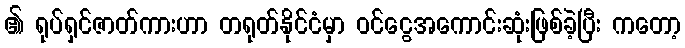
၏ ရုပ်ရှင်ဇာတ်ကားဟာ တရုတ်နိုင်ငံမှာ ဝင်ငွေအကောင်းဆုံးဖြစ်ခဲ့ပြီး ကတော့